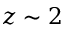
z \sim 2